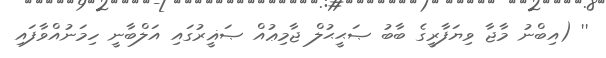
'' (އިބްނު މާޖާ ވިޔަފާރީގެ ބާބު ޞަޙީޙުލް ޖާމިޢުއް ޞަޣީރުގައި އަލްބާނީ ހިމަނުއްވާފައި